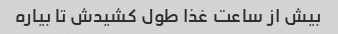
بیش از ساعت غذا طول کشیدش تا بیاره